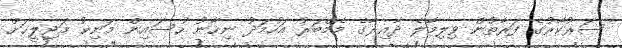
ސަރުކާރުގެ ފަރާތުން ވިލިމާލެ ދާއިރާގެ މެމްބަރު އަހުމަދު ނިހާނު ހުސައިން މަނިކު މަޖިލީހަށް